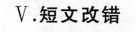
V.短文改错